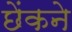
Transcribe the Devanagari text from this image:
छेंकने